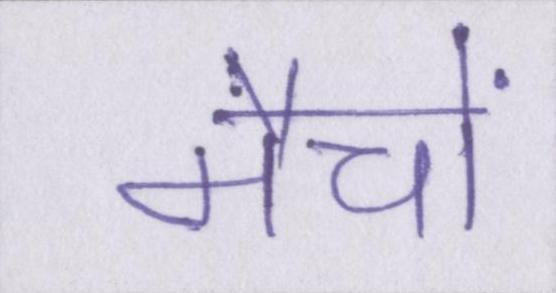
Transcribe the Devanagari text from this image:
मैचों